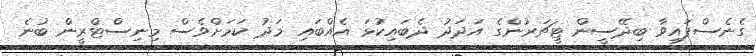
ގެނެސްފައިވާ ބިދޭސީން ޓީޗަރުންގެ އަދަދު ދެބައިކުޅަ އެއްބައި މަދު ކަމަށްވެސް މިނިސްޓްރީން ބުނެ